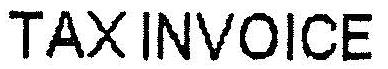
TAX INVOICE